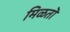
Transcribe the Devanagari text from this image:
मिळतॊ